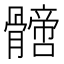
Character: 𩪙